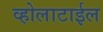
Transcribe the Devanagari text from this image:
व्होलाटाईल